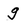
Character: g